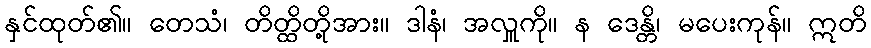
နှင်ထုတ်၏။ တေသံ၊ တိတ္ထိတို့အား။ ဒါနံ၊ အလှူကို။ န ဒေန္တိ၊ မပေးကုန်။ ဣတိ